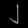
Digit: ၂